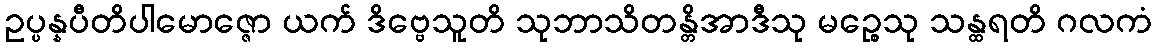
ဥပ္ပန္နပီတိပါမောဇ္ဇော ယက် ဒိဗ္ဗေသူတိ သုဘာသိတန္တိအာဒီသု မဉ္စေသု သန္ထရတိ ဂလကံ